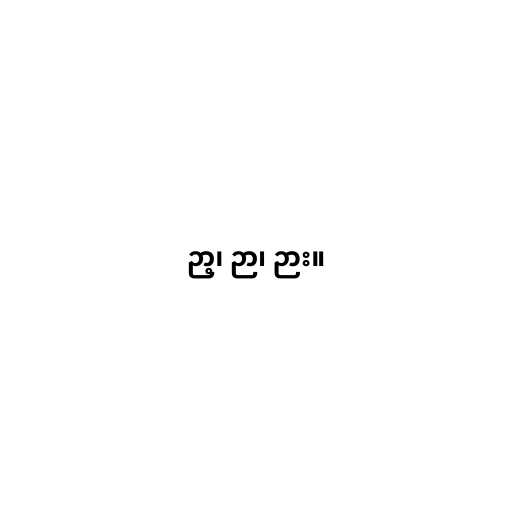
ဉာ့၊ ဉာ၊ ဉား။